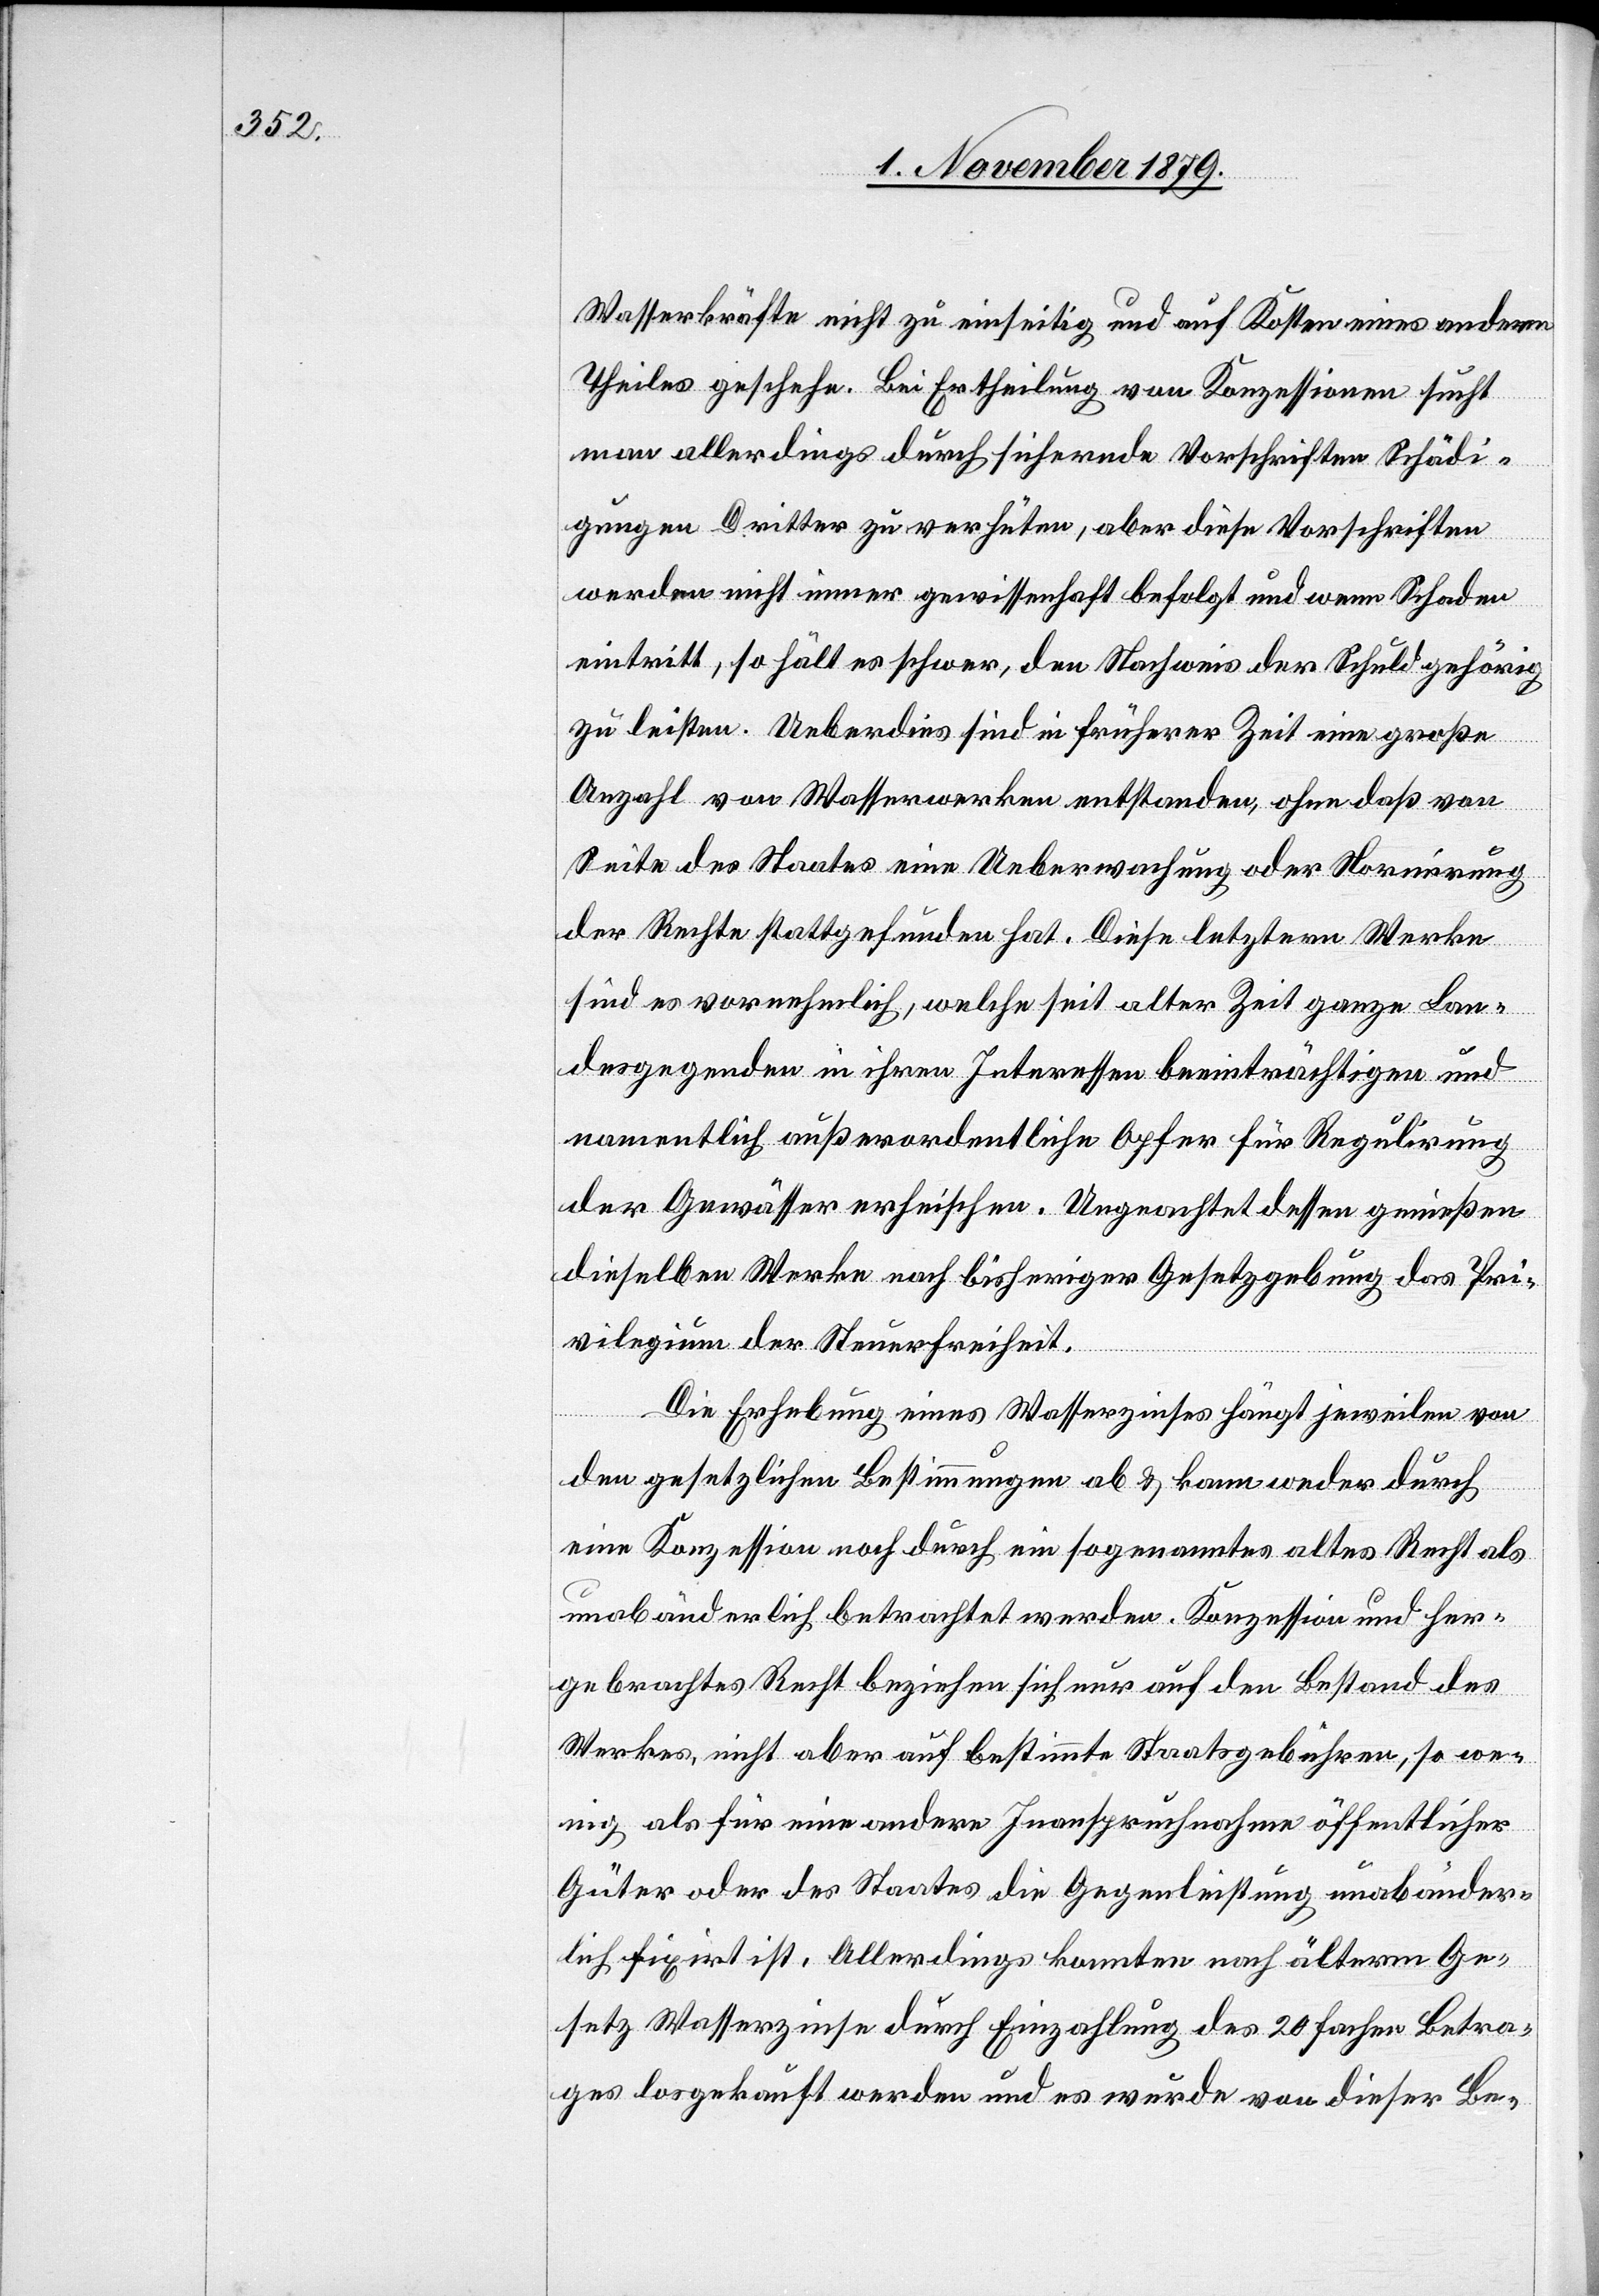
Wasserkräfte nicht zu einseitig und auf Kosten eines andern
Theiles geschehe. Bei Ertheilung von Konzessionen sucht
man allerdings durch sichernde Vorschriften Schädi¬
gungen Dritter zu verhüten, aber diese Vorschriften
werden nicht immer gewissenhaft befolgt und wenn Schaden
eintritt, so fällt es schwer, den Nachweis der Schuld gehörig
zu leisten. Ueberdies sind in früherer Zeit eine große
Anzahl von Wasserwerken entstanden, ohne daß von
Seite des Staates eine Ueberwachung oder Stornirung
der Rechte stattgefunden hat. Diese letztern Werke
sind es vornehmlich, welche seit alter Zeit ganze Lan¬
desgegenden in ihren Interessen beeinträchtigen und
namentlich außerordentliche Opfer für Regulirung
der Gewässer erheischen. Ungeachtet dessen genießen
dieselben Werke nach bisheriger Gesetzgebung das Pri¬
vilegium der Steuerfreiheit.
Die Erhebung eines Wasserzinses hängt jeweilen von
den gesetzlichen Bestimmungen ab & kann weder durch
eine Konzession noch durch ein sogenanntes altes Recht als
unabänderlich betrachtet werden. Konzession und her¬
gebrachtes Recht beziehen sich nur auf den Bestand des
Werkes, nicht aber auf bestimmte Staatsgebühren, so we¬
nig als für eine andere Inanspruchnahme öffentlicher
Güter oder des Staates die Gegenleistung unabänder¬
lich fixirt ist. Allerdings konnten nach älterm Ge¬
setz Wasserzinsen durch Einzahlung des 20 fachen Betra¬
ges losgekauft werden und es wurde von dieser Be-